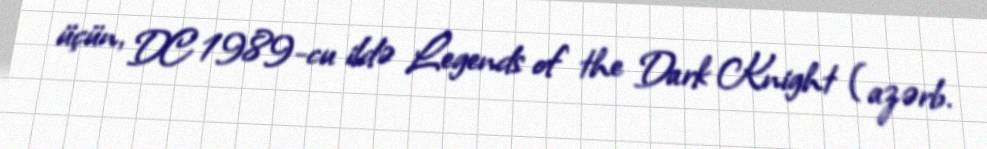
üçün, DC 1989-cu ildə Legends of the Dark Knight (azərb.